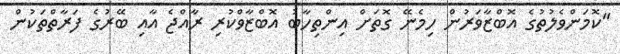
"ކޮމަންވެލުތުގެ އޮބްޒާވަރުން ހިމެނޭ ގޮތަށް އިންތިހާބު އޮބްޒާވްކުރި ރާއްޖެ އާއި ބޭރުގެ ފަރާތްތަކުން